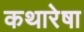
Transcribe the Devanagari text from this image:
कथारेषा